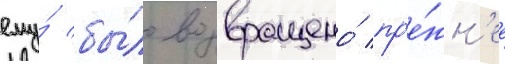
ему́ бы́ло возвращено́ пр'е́жн'ее